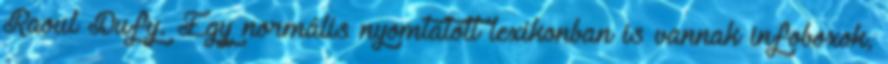
Raoul Dufy. Egy normális nyomtatott lexikonban is vannak infoboxok,